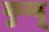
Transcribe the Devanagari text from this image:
कुन्दू